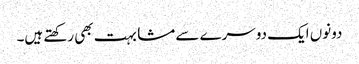
دونوں ایک دوسرے سے مشابہت بھی رکھتے ہیں۔